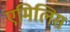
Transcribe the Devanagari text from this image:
एमिलिस